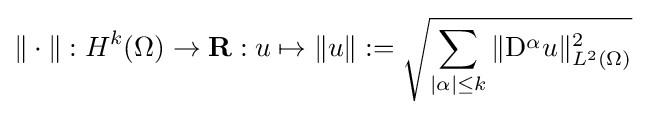
\|\cdot \|:H^{k}(\Omega )\to \mathbf {R} :u\mapsto \|u\|:={\sqrt {\sum _{|\alpha |\leq k}\|\mathrm {D} ^{\alpha }u\|_{L^{2}(\Omega )}^{2}}}